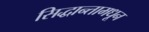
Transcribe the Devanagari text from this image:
सिद्धान्तामधून